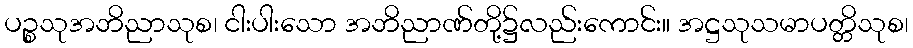
ပဉ္စသုအဘိညာသုစ၊ ငါးပါးသော အဘိညာဏ်တို့၌လည်းကောင်း။ အဋ္ဌသုသမာပတ္တိသုစ၊